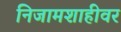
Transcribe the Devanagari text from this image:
निजामशाहीवर